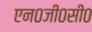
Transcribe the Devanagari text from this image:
एन०जी०सी०